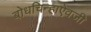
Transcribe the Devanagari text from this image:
बोधचिन्हाऐवजी